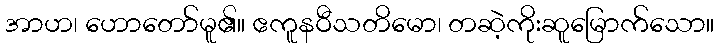
အာဟ၊ ဟောတော်မူ၏။ ဧကူနဝီသတိမော၊ တဆဲ့ကိုးဆူမြောက်သော။